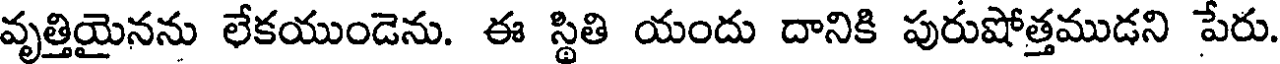
వృత్తియైనను లేకయుండెను. ఈ స్థితి యందు దానికి పురుషోత్తముడని పేరు.